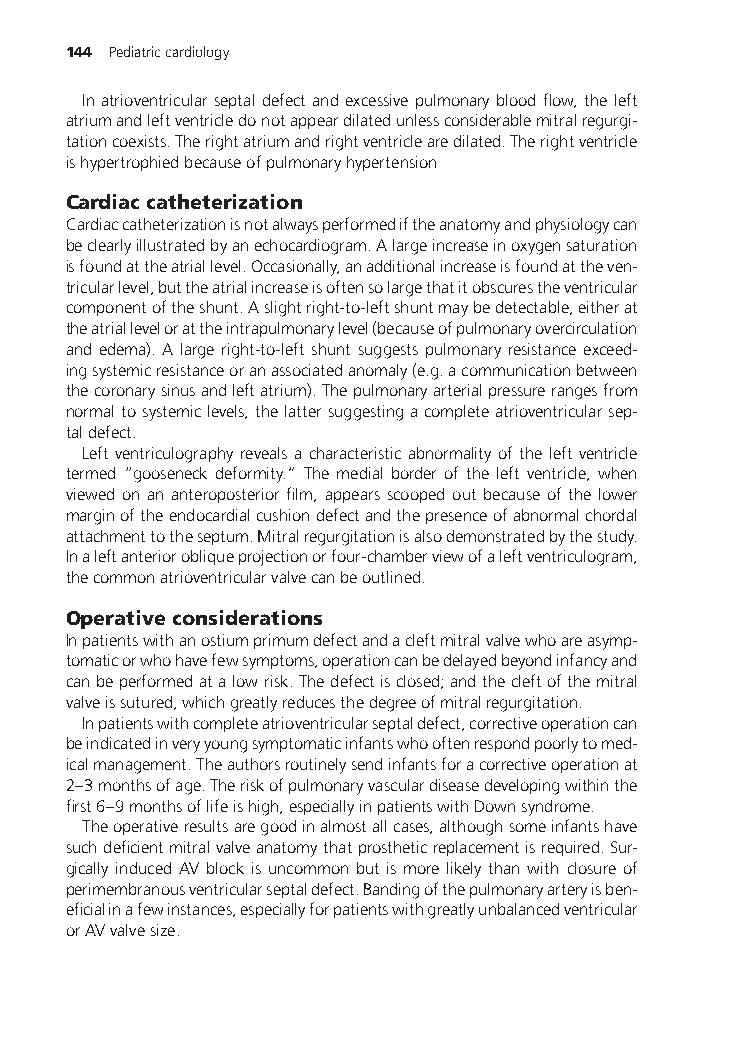
144 Pediatriccardiology
 Inatrioventricularseptaldefectandexcessivepulmonaryblood flow, theleft
 atriumandleftventricledonotappeardilatedunlessconsiderablemitralregurgi-
 tationcoexists.Therightatriumandrightventriclearedilated.Therightventricle
 ishypertrophiedbecauseofpulmonaryhypertension
 Cardiaccatheterization
 Cardiaccatheterizationisnotalwaysperformediftheanatomyandphysiologycan
 beclearlyillustratedbyanechocardiogram.Alargeincreaseinoxygensaturation
 isfoundattheatriallevel.Occasionally,anadditionalincreaseisfoundattheven-
 tricularlevel,buttheatrialincreaseisoftensolargethatitobscurestheventricular
 componentoftheshunt.Aslightright-to-leftshuntmaybedetectable,eitherat
 theatriallevelorattheintrapulmonarylevel(becauseofpulmonaryovercirculation
 and edema). A large right-to-left shunt suggests pulmonary resistance exceed-
 ingsystemicresistanceoranassociatedanomaly(e.g.acommunicationbetween
 thecoronarysinusandleftatrium).Thepulmonaryarterialpressurerangesfrom
 normaltosystemiclevels,thelattersuggestingacompleteatrioventricularsep-
 taldefect.
 Left ventriculography reveals a characteristic abnormality of the left ventricle
 termed “gooseneck deformity.” The medial border of the left ventricle, when
 viewed on an anteroposterior film, appears scooped out because of the lower
 marginoftheendocardialcushiondefectandthepresenceofabnormalchordal
 attachmenttotheseptum.Mitralregurgitationisalsodemonstratedbythestudy.
 Inaleftanteriorobliqueprojectionorfour-chamberviewofaleftventriculogram,
 thecommonatrioventricularvalvecanbeoutlined.
 Operativeconsiderations
 Inpatientswithanostiumprimumdefectandacleftmitralvalvewhoareasymp-
 tomaticorwhohavefewsymptoms,operationcanbedelayedbeyondinfancyand
 canbeperformedatalowrisk.Thedefectisclosed;andthecleftofthemitral
 valveissutured,whichgreatlyreducesthedegreeofmitralregurgitation.
 Inpatientswithcompleteatrioventricularseptaldefect,correctiveoperationcan
 beindicatedinveryyoungsymptomaticinfantswhooftenrespondpoorlytomed-
 icalmanagement.Theauthorsroutinelysendinfantsforacorrectiveoperationat
 2–3monthsofage.Theriskofpulmonaryvasculardiseasedevelopingwithinthe
 first6–9monthsoflifeishigh,especiallyinpatientswithDownsyndrome.
 Theoperativeresultsaregoodinalmostallcases,althoughsomeinfantshave
 suchdeficientmitralvalveanatomythatprostheticreplacementisrequired.Sur-
 gically induced AV block is uncommon but is more likely than with closure of
 perimembranousventricularseptaldefect.Bandingofthepulmonaryarteryisben-
 eficialinafewinstances,especiallyforpatientswithgreatlyunbalancedventricular
 orAVvalvesize.